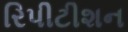
રિપીટીશન